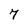
Character: 7